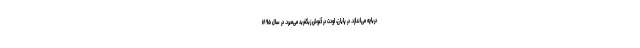
دریاچه می‌اندازد. در پایان، اودت در آغوش زیگفرید می‌میرد. در سال ۱۸۹۵